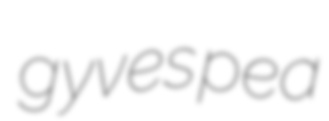
gyves pea